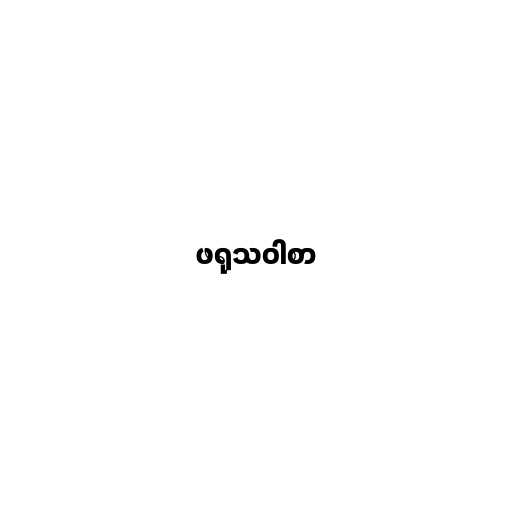
ဖရုသဝါစာ